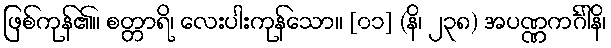
ဖြစ်ကုန်၏။ စတ္တာရိ၊ လေးပါးကုန်သော။ [၀၁] (နိ၊ ၂၃၈) အပဏ္ဏကင်္ဂါနိ၊